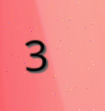
3